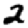
Digit: 2